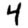
Digit: 4